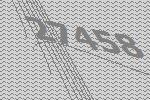
27458